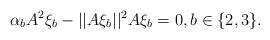
LaTeX: \begin{align*}\alpha_b A^2\xi_b-||A\xi_b||^2A\xi_b=0, b\in\{2,3\}.\end{align*}